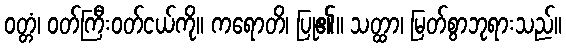
ဝတ္တံ၊ ဝတ်ကြီးဝတ်ငယ်ကို။ ကရောတိ၊ ပြု၏။ သတ္ထာ၊ မြတ်စွာဘုရားသည်။